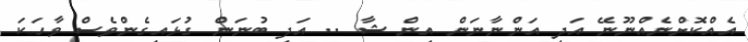
އެއްކޮށްނެއްނޫނޭ އަދި އަންނާނަން އިން ޝާ .. އަދި ބުނަން ގުޅައިގެންވެސް ވާހަަކަ